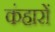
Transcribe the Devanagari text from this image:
कंहारों